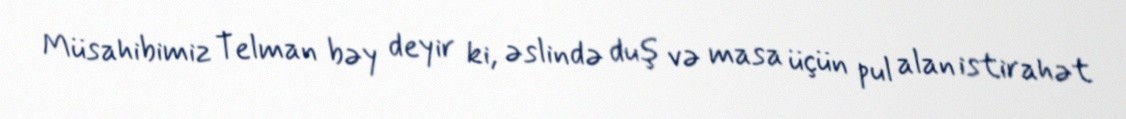
Müsahibimiz Telman bəy deyir ki, əslində duş və masa üçün pul alan istirahət